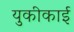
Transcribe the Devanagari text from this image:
युकीकाई